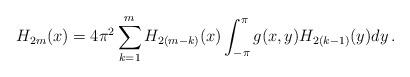
LaTeX: \begin{align*} H_{2m}(x)=4\pi^2\sum_{k=1}^mH_{2(m-k)}(x) \int_{-\pi}^\pi g(x,y)H_{2(k-1)}(y)dy\,.\end{align*}